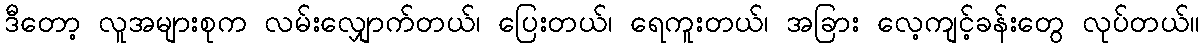
ဒီတော့ လူအများစုက လမ်းလျှောက်တယ်၊ ပြေးတယ်၊ ရေကူးတယ်၊ အခြား လေ့ကျင့်ခန်းတွေ လုပ်တယ်။